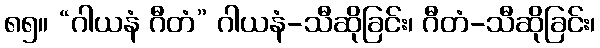
၈၅။ “ဂါယနံ ဂီတံ” ဂါယနံ-သီဆိုခြင်း၊ ဂီတံ-သီဆိုခြင်း၊